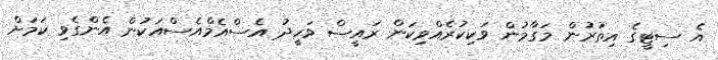
އެ ސިޓީގެ އިތުރުން މަގާމުން ވަކިކުރެއްވިކަން ރައީސް ވަހީދު އެސްއެމްއެސްއަކުން އެންގެވި ކަމަށް